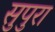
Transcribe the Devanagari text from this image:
सुपुरा